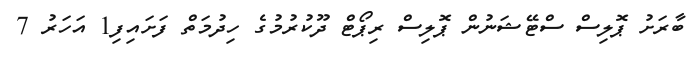
ބާރަށު ޕޮލިސް ސްޓޭޝަނުން ޕޮލިސް ރިޕޯޓް ދޫކުރުމުގެ ހިދުމަތް ފަށައިފި1 އަހަރު 7